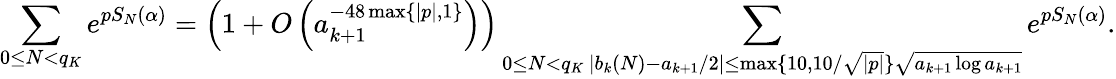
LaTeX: \sum_{0\le N<q_{K}}e^{pS_{N}(\alpha)}=\left(1+O\left(a_{k+1}^{-48\operatorname*{max}\{ |p|,1\} }\right)\right)\sum_{\substack{0\le N<q_{K}\, |b_{k}(N)-a_{k+1}/2|\le\operatorname*{max}\{ 10,10/\sqrt{|p|}\} \sqrt{a_{k+1}\log a_{k+1}}}}e^{pS_{N}(\alpha)}.